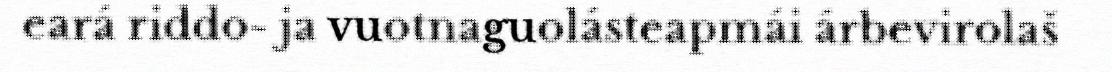
eará riddo- ja vuotnaguolásteapmái árbevirolaš